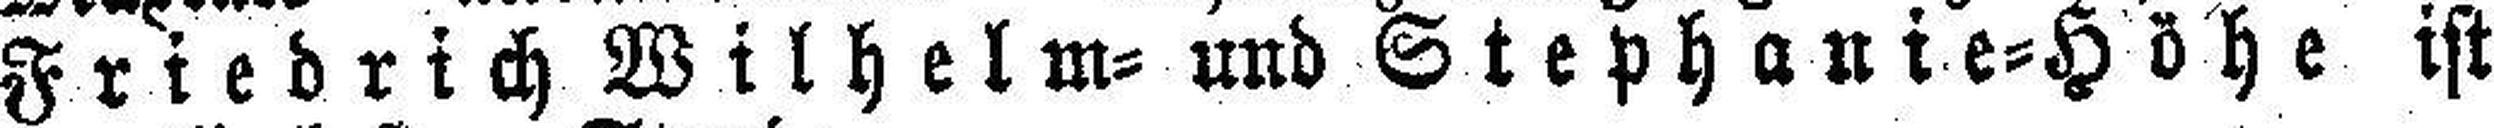
Friedrich Wilhelm- und Stephanie-Höhe ist